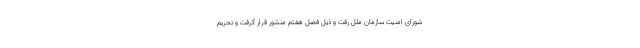
شورای امنیت سازمان ملل رفت و ذیل فصل هفتم منشور قرار گرفت و تحریم